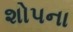
શોપના